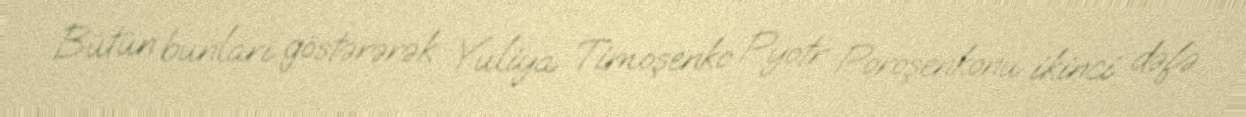
Bütün bunları göstərərək Yuliya Timoşenko Pyotr Poroşenkonu ikinci dəfə